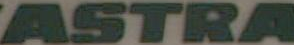
ASTRA